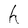
Character: h